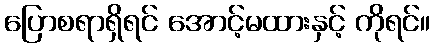
ပြောစရာရှိရင် အောင့်မထားနှင့် ကိုရင်။